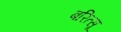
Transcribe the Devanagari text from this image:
बरित्सू